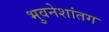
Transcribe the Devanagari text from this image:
भुवनेशांतग